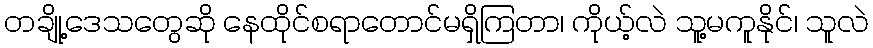
တချို့ဒေသတွေဆို နေထိုင်စရာတောင်မရှိကြတာ၊ ကိုယ့်လဲ သူ့မကူနိုင်၊ သူလဲ